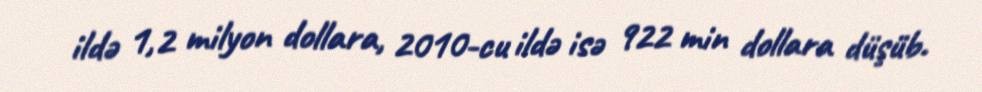
ildə 1,2 milyon dollara, 2010-cu ildə isə 922 min dollara düşüb.